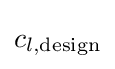
c_{l,{\text{design}}}